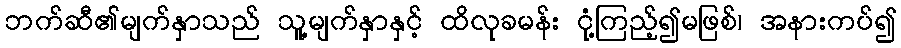
ဘက်ဆီ၏မျက်နှာသည် သူ့မျက်နှာနှင့် ထိလုခမန်း ငုံ့ကြည့်၍မဖြစ်၊ အနားကပ်၍